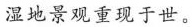
湿地景观重现于世。